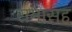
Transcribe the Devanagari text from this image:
रामासह